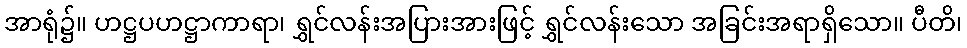
အာရုံ၌။ ဟဋ္ဌပဟဋ္ဌာကာရာ၊ ရွှင်လန်းအပြားအားဖြင့် ရွှင်လန်းသော အခြင်းအရာရှိသော။ ပီတိ၊